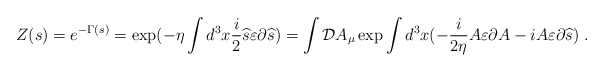
\begin{align*}Z(s)=e^{-\Gamma (s)}=\exp (-\eta \int d^3x\frac i2\widehat{s}\varepsilon\partial \widehat{s})=\int {\cal D}A_\mu \exp \int d^3x(-\frac i{2\eta}A\varepsilon \partial A-iA\varepsilon \partial \widehat{s})\;.\end{align*}